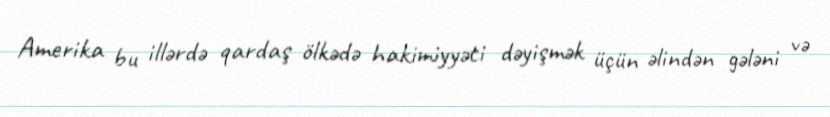
Amerika bu illərdə qardaş ölkədə hakimiyyəti dəyişmək üçün əlindən gələni və